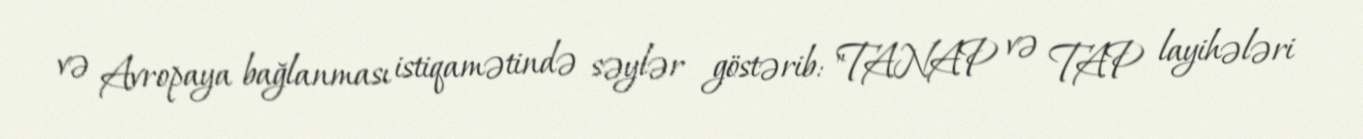
və Avropaya bağlanması istiqamətində səylər göstərib: "TANAP və TAP layihələri